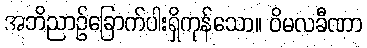
အဘိညာဉ်ခြောက်ပါးရှိကုန်သော။ ဝိမလခီဏာ